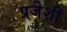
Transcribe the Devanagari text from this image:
प्रजेशी